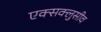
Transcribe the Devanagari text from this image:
एक्सक्लुसीव